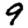
Digit: 9